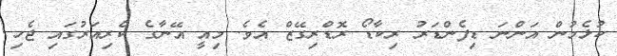
ކުޅެމުން އަންނަ ޑިފެންޑަރު ރިކާޑޯ ރޮޑްރިގޭޒް އެވެ. މިއީ އޭނާގެ ކެރިއަރުގައި ޖެހި